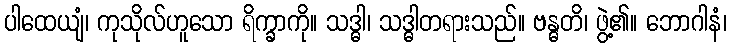
ပါထေယျံ၊ ကုသိုလ်ဟူသော ရိက္ခာကို။ သဒ္ဓါ၊ သဒ္ဓါတရားသည်။ ဗန္ဓတိ၊ ဖွဲ့၏။ ဘောဂါနံ၊